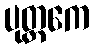
ပုတ္တကေ